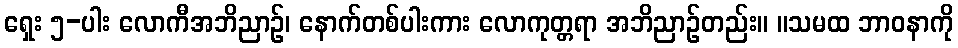
ရှေး ၅-ပါး လောကီအဘိညာဉ်၊ နောက်တစ်ပါးကား လောကုတ္တရာ အဘိညာဉ်တည်း။ ။သမထ ဘာဝနာကို